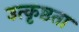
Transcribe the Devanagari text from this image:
उत्कृष्ठता